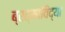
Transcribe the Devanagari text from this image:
ब्रह्माविद्या